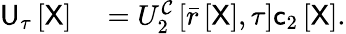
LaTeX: \begin{array}{rl}{\mathsf{U}_{\tau}\left[\mathsf{X}\right]}&{{}=U_{2}^{\mathcal{C}}\left[\bar{r}\left[\mathsf{X}\right],\tau\right]\mathsf{c}_{2}\left[\mathsf{X}\right].}\end{array}